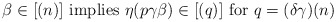
\begin{align*} \beta\in [(n)] \mbox{ implies } \eta (p \gamma \beta) \in [(q)] \mbox{ for } q=(\delta \gamma)(n)\end{align*}